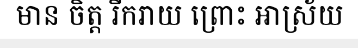
មាន ចិត្ត រីករាយ ព្រោះ អាស្រ័យ